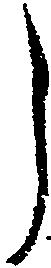
ら